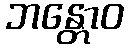
ဘန္တောဝ